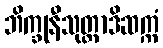
ဘိက္ခုနီသုတ္တာဒိဆက္ကံ